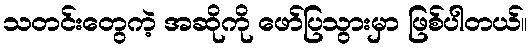
သတင်းတွေကဲ့ အဆိုကို ဖော်ပြသွားမှာ ဖြစ်ပါတယ်။